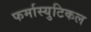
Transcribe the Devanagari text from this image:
फर्मास्युटिकल